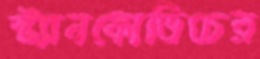
স্ট্যানকোভিচের